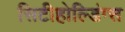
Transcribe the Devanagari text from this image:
सिटीहोल्डिंग्स